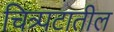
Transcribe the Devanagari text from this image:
चित्र्पटातील